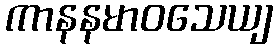
ကာနနမာဝသေယျ